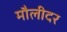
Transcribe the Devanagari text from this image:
मौलीदर